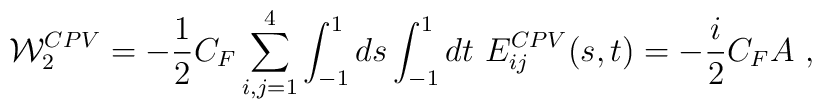
{\cal W}_2^{CPV} = - {1\over 2} C_F \sum_{i,j=1}^4 \int_{-1}^1 ds\int_{-1}^1dt\ E_{ij}^{CPV} (s,t) =-{i\over 2} C_F A\ ,